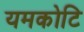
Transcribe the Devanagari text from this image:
यमकोटि